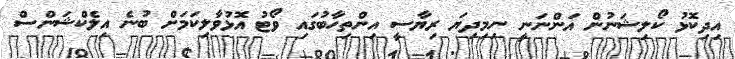
އިދިކޮޅު ކޯލިޝަނުން އަންނަނީ ނިމިދިޔަ ރިޔާސީ އިންތިހާބުގައި ވޯޓު އޮޅުވާލިކަމަށް ބުނެ އިލެކްޝަންސް